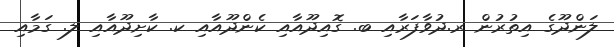
ލަންދޫގެ އިތުރުން ރ.ދުވާފަރާއި ބ. ގޮއިދޫއާއި ކެންދޫއާއި ކ. ކާށިދޫއާއި ލ. ގަމާއި